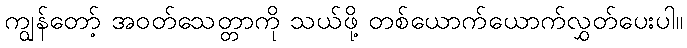
ကျွန်တော့် အဝတ်သေတ္တာကို သယ်ဖို့ တစ်ယောက်ယောက်လွှတ်ပေးပါ။